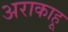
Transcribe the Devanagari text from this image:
अराकाहू